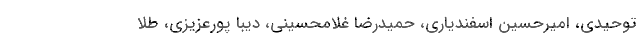
توحیدی، امیرحسین اسفندیاری، حمیدرضا غلامحسینی، دیبا پورعزیزی، طلا